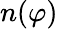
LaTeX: n(\varphi)